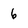
Character: 6